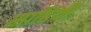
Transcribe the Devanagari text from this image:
साहियों